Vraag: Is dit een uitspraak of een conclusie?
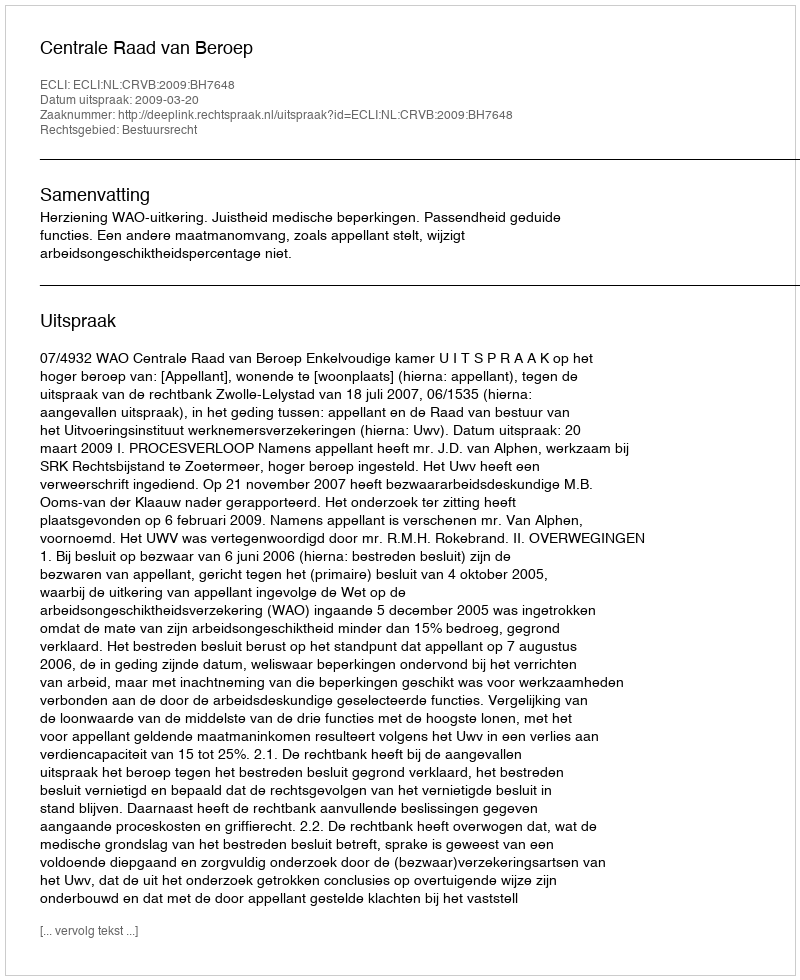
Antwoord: Uitspraak